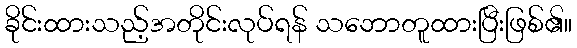
ခိုင်းထားသည့်အတိုင်းလုပ်ရန် သဘောတူထားပြီးဖြစ်၏။